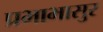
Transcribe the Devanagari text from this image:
प्रभाभासुर